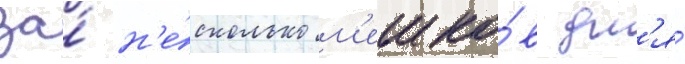
за́ н'е́сколько м'ешко́в дл'я́